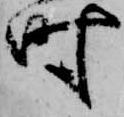
時